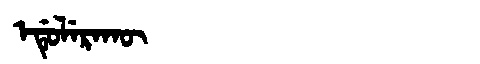
Manchu: ᡝᡩᡠᠯᡝᡵᠠᡴᡡ
Romanization: EDULERAKŪ